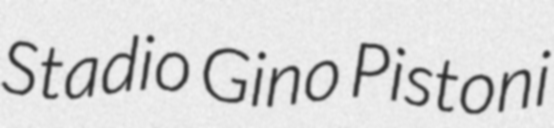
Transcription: Stadio Gino Pistoni